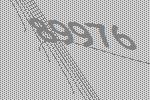
89976